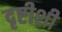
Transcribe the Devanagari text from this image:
दृष्टीशी